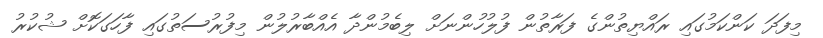
މިފަދަ ކަންކަމުގައި ރައްޔިތުންގެ ފަރާތުން ފުލުހުންނަށް ލިބެމުންދާ އެއްބާރުލުން މިފުރުސަތުގައި ފާހަގަކޮށް ޝުކުރު